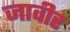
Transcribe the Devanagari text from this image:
जावीर